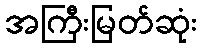
အကြီးမြတ်ဆုံး